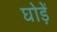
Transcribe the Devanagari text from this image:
घोड़ें